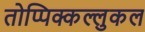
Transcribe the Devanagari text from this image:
तोप्पिक्कल्लुकल